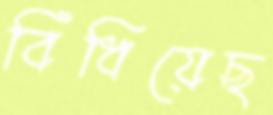
বিঁধিয়েছ